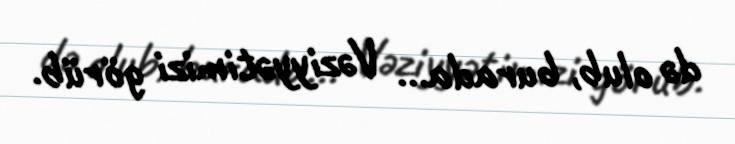
də olub, burada... Vəziyyətimizi görüb.